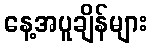
နေ့အပူချိန်များ